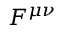
F ^ { \mu \nu }